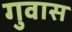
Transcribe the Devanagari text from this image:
गुवास